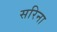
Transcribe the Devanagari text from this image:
सरिना